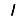
Digit: 1